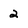
Character: 2